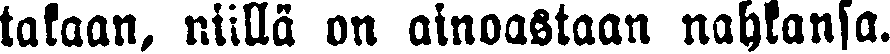
takaan, niillä on ainoastaan nahkansa.